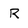
Character: R